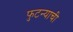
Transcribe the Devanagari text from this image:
फुटन्याची